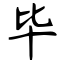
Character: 毕